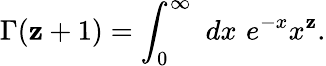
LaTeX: \Gamma(\mathbf{z}+1)=\int_{0}^{\infty}\, \, dx\, \, e^{-x}x^{\mathbf{z}}.